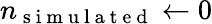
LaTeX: n_{\mathrm{~s~i~m~u~l~a~t~e~d~}}\leftarrow 0